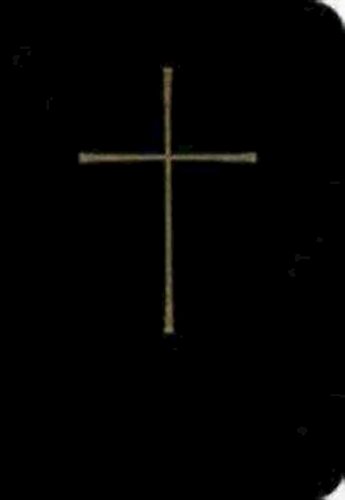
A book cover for The Book of Common Prayer Deluxe Chancel Edition: Black Leather; Church Publishing; Christian Books & Bibles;